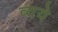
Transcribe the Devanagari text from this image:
व्यये